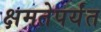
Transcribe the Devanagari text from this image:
क्षमतेपर्यंत